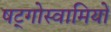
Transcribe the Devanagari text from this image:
षट्गोस्वामियों